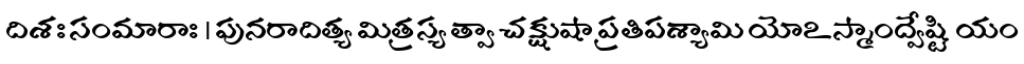
దిశః సంమారాః । పునరాదిత్య మిత్రస్య త్వా చక్షుషా ప్రతిపశ్యామి యోఽస్మాంద్వేష్టి యం